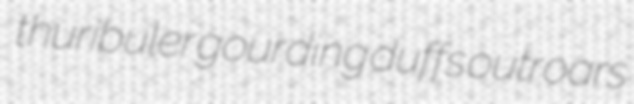
thuribuler gourding duffs outroars